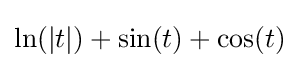
\ln(\left\vert t\right\vert )+\sin(t)+\cos(t)